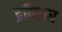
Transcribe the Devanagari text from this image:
द्रविडार